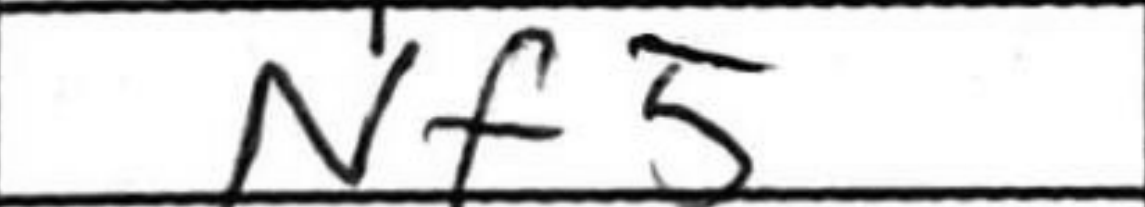
Transcription: Nf5